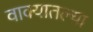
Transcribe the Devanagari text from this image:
वाक्यातल्या